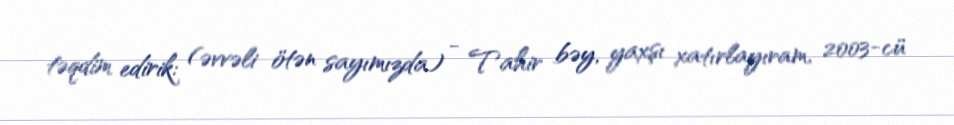
təqdim edirik: (əvvəli ötən sayımızda) - Tahir bəy, yaxşı xatırlayıram, 2003-cü